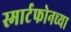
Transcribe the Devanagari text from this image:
स्मार्टफोनच्या